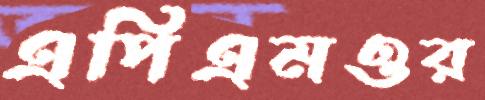
এপিএমওর